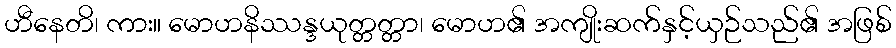
ဟီနေတိ၊ ကား။ မောဟနိဿန္ဒယုတ္တတ္တာ၊ မောဟ၏ အကျိုးဆက်နှင့်ယှဉ်သည်၏ အဖြစ်